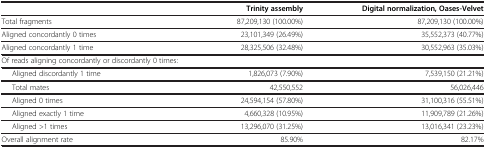
<table><thead><tr><td><b> </b></td><td><b>Trinity assembly</b></td><td><b>Digital normalization, Oases-Velvet</b></td></tr></thead><tbody><tr><td>Total fragments</td><td>87,209,130 (100.00%)</td><td>87,209,130 (100.00%)</td></tr><tr><td>Aligned concordantly 0 times</td><td>23,101,349 (26.49%)</td><td>35,552,373 (40.77%)</td></tr><tr><td>Aligned concordantly 1 time</td><td>28,325,506 (32.48%)</td><td>30,552,963 (35.03%)</td></tr><tr><td>Of reads aligning concordantly or discordantly 0 times:</td><td> </td><td> </td></tr><tr><td>Aligned discordantly 1 time</td><td>1,826,073 (7.90%)</td><td>7,539,150 (21.21%)</td></tr><tr><td>Total mates</td><td>42,550,552</td><td>56,026,446</td></tr><tr><td>Aligned 0 times</td><td>24,594,154 (57.80%)</td><td>31,100,316 (55.51%)</td></tr><tr><td>Aligned exactly 1 time</td><td>4,660,328 (10.95%)</td><td>11,909,789 (21.26%)</td></tr><tr><td>Aligned &gt;1 times</td><td>13,296,070 (31.25%)</td><td>13,016,341 (23.23%)</td></tr><tr><td>Overall alignment rate</td><td>85.90%</td><td>82.17%</td></tr></tbody></table>